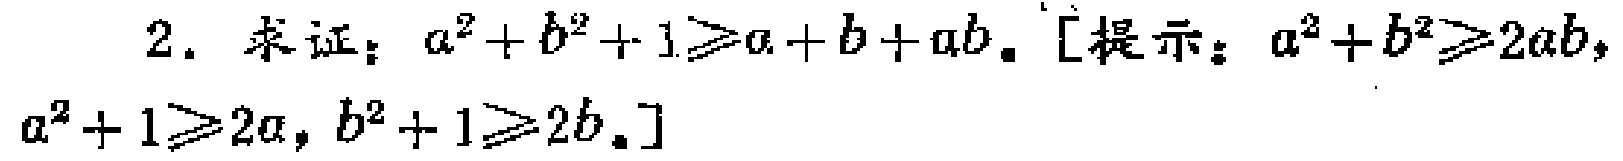
2. 求证：\(a^{2}+b^{2}+1\geqslant a + b + ab\)。[提示：\(a^{2}+b^{2}\geqslant 2ab\)，\(a^{2}+1\geqslant 2a\)，\(b^{2}+1\geqslant 2b\)。]